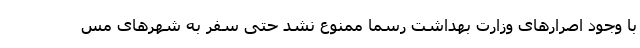
با وجود اصرارهای وزارت بهداشت رسما ممنوع نشد حتی سفر به شهرهای مس